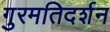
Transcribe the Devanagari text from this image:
गुरमतिदर्शन